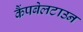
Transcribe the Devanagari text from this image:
कैंपबेलटाउन